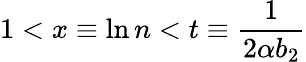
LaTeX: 1<x\equiv\ln n<t\equiv{\frac{1}{2\alpha b_{2}}}